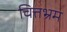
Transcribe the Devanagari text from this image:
चित्तभ्रम